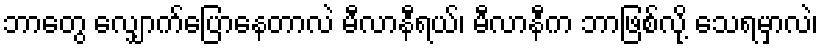
ဘာတွေ လျှောက်ပြောနေတာလဲ မီလာနီရယ်၊ မီလာနီက ဘာဖြစ်လို့ သေရမှာလဲ၊